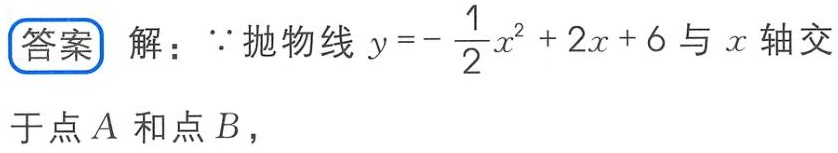
答案 解：\(\because\)抛物线\(y = -\frac{1}{2}x^{2}+2x + 6\)与\(x\)轴交于点\(A\)和点\(B\)，